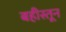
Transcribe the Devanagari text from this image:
बहीस्तून